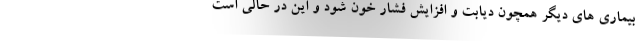
بیماری های دیگر همچون دیابت و افزایش فشار خون شود و این در حالی است